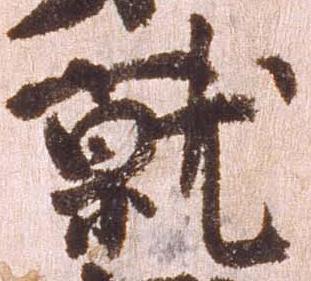
就